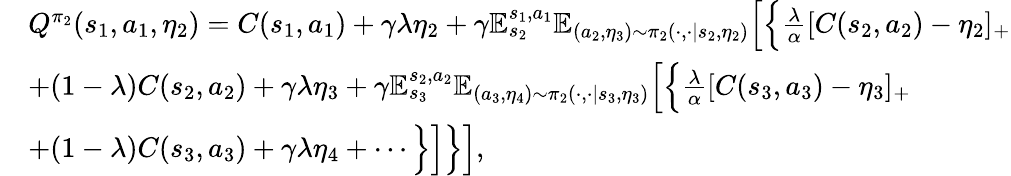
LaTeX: \begin{array}{rl}&{Q^{\pi_{2}}(s_{1},a_{1},\eta_{2})=C(s_{1},a_{1})+\gamma\lambda\eta_{2}+\gamma\mathbb{E}_{s_{2}}^{s_{1},a_{1}}\mathbb{E}_{(a_{2},\eta_{3})\sim\pi_{2}(\cdot,\cdot|s_{2},\eta_{2})}\Big[\Big\{ \frac{\lambda}{\alpha}[C(s_{2},a_{2})-\eta_{2}]_{+}}\\ &{+(1-\lambda)C(s_{2},a_{2})+\gamma\lambda\eta_{3}+\gamma\mathbb{E}_{s_{3}}^{s_{2},a_{2}}\mathbb{E}_{(a_{3},\eta_{4})\sim\pi_{2}(\cdot,\cdot|s_{3},\eta_{3})}\Big[\Big\{ \frac{\lambda}{\alpha}[C(s_{3},a_{3})-\eta_{3}]_{+}}\\ &{+(1-\lambda)C(s_{3},a_{3})+\gamma\lambda\eta_{4}+\cdots\Big\} \Big]\Big\} \Big],}\end{array}